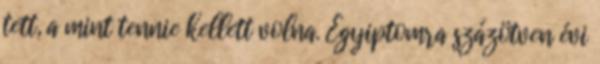
tett, a mint tennie kellett volna. Egyiptomra százötven évi